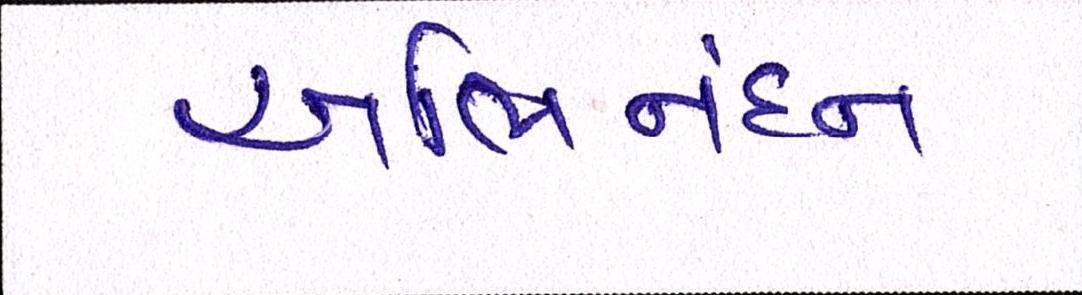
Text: અભિનંદન